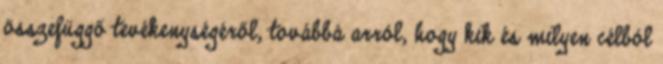
összefüggő tevékenységéről, továbbá arról, hogy kik és milyen célból